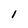
Character: 1